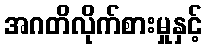
အဂတိလိုက်စားမှုနှင့်